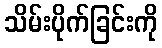
သိမ်းပိုက်ခြင်းကို